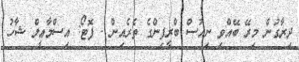
ދިރާގުން މިރޭ ބޭއްވި ނިއުސް ބްރީފިންގެ ތެރެއިން - ފޮޓޯ: އިސްމާޢީލް ޝާހު